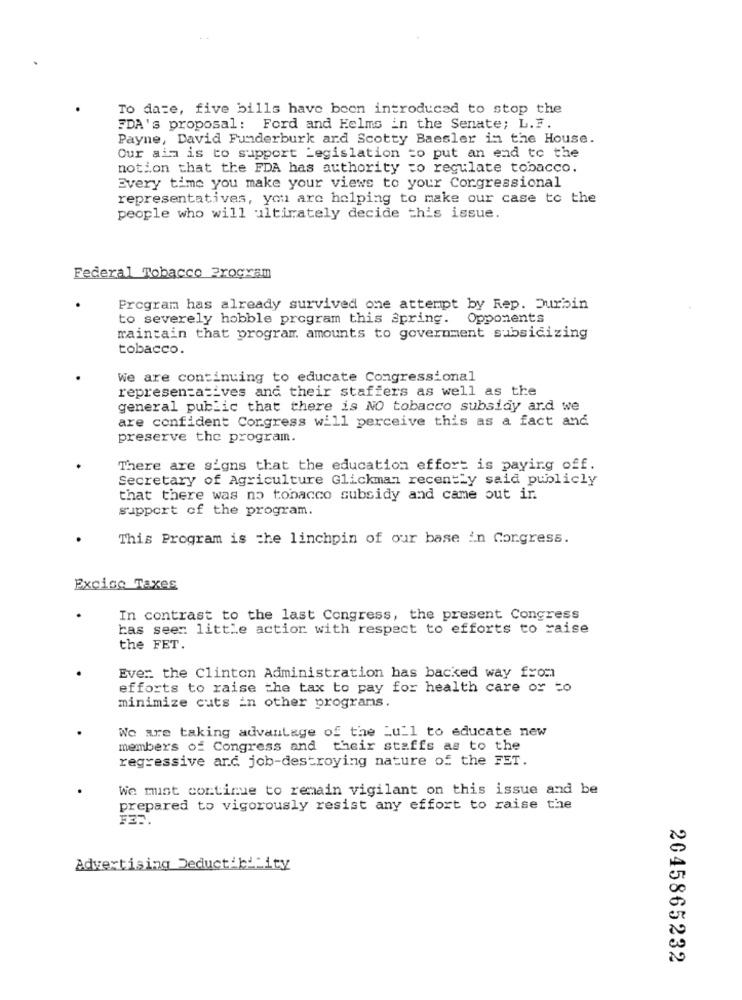
To date, five bills have been introduced to stop the
FDA's proposal: Ford and Helms in the Senate; L.F.
Payne, David Funderburk ard Scotty Baesler in the House.
Our aim is to support Legislation to put an end to the
notion that the FDA has authority to regulate tobacco.
Every time you make your views to your Congressional
representatives, you are helping to make our case to the
people who will ultimately decide this issue.
Federal Tobacco Program
Program has already survived one attempt by Rep. Durbin
to severely hobble program this spring. Opponents
maintain that program. amounts to government subsidizing
tobacco.
We are continuing to educate Congressional
representatives and their staffers as well as the
general public that there is NO tobacco subsidy ard we
are confident Corgress will perceive this as a fact and
preserve the program.
There are signs that the education effort is paying off.
Secretary of Agriculture Glickman recently said publicly
that there was no tobacco subsidy and came out ir.
support of the program.
This Program is che linchpin of our base in Congress.
Excise Taxes
In contrast to the last Congress, the present Congress
has seen little actior with respect to efforts to raise
the FET.
Ever the Clinton Administration has backed way from
efforts to raise the tax to pay for health care or to
minimize cuts in other programs.
We are taking advantage of the Lull to educate new
members of Congress and their staffs as to the
regressive ard job-destroying nature of the FET.
We must continue to remain vigilant on this issue and be
prepared to vigorously resist any effort to raise the
Advertising Deduct'b'_ity
2045865232